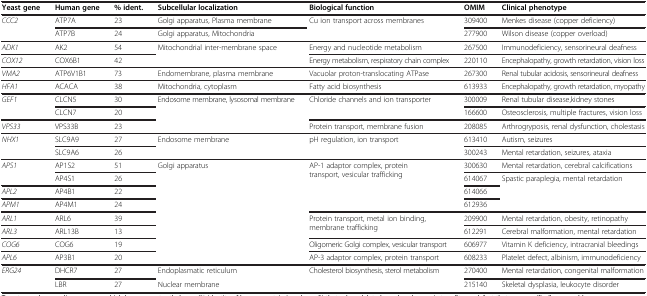
<table><thead><tr><td><b>Yeast gene</b></td><td><b>Human gene</b></td><td><b>% ident.</b></td><td><b>Subcellular localization</b></td><td><b>Biological function</b></td><td><b>OMIM</b></td><td><b>Clinical phenotype</b></td></tr></thead><tbody><tr><td rowspan="2"><i>CCC2</i></td><td>ATP7A</td><td>23</td><td>Golgi apparatus, Plasma membrane</td><td rowspan="2">Cu ion transport across membranes</td><td>309400</td><td>Menkes disease (copper deficiency)</td></tr><tr><td>ATP7B</td><td>24</td><td>Golgi apparatus, Mitochondria</td><td>277900</td><td>Wilson disease (copper overload)</td></tr><tr><td><i>ADK1</i></td><td>AK2</td><td>54</td><td rowspan="2">Mitochondrial inter-membrane space</td><td>Energy and nucleotide metabolism</td><td>267500</td><td>Immunodeficiency, sensorineural deafness</td></tr><tr><td><i>COX12</i></td><td>COX6B1</td><td>42</td><td>Energy metabolism, respiratory chain complex</td><td>220110</td><td>Encephalopathy, growth retardation, vision loss</td></tr><tr><td><i>VMA2</i></td><td>ATP6V1B1</td><td>73</td><td>Endomembrane, plasma membrane</td><td>Vacuolar proton-translocating ATPase</td><td>267300</td><td>Renal tubular acidosis, sensorineural deafness</td></tr><tr><td><i>HFA1</i></td><td>ACACA</td><td>38</td><td>Mitochondria, cytoplasm</td><td>Fatty acid biosynthesis</td><td>613933</td><td>Encephalopathy, growth retardation, myopathy</td></tr><tr><td rowspan="2"><i>GEF1</i></td><td>CLCN5</td><td>30</td><td rowspan="3">Endosome membrane, lysosomal membrane</td><td rowspan="2">Chloride channels and ion transporter</td><td>300009</td><td>Renal tubular disease, kidney stones</td></tr><tr><td>CLCN7</td><td>20</td><td>166600</td><td>Osteosclerosis, multiple fractures, vision loss</td></tr><tr><td><i>VPS33</i></td><td>VPS33B</td><td>23</td><td>Protein transport, membrane fusion</td><td>208085</td><td>Arthrogryposis, renal dysfunction, cholestasis</td></tr><tr><td rowspan="2"><i>NHX1</i></td><td>SLC9A9</td><td>27</td><td rowspan="2">Endosome membrane</td><td rowspan="2">pH regulation, ion transport</td><td>613410</td><td>Autism, seizures</td></tr><tr><td>SLC9A6</td><td>26</td><td>300243</td><td>Mental retardation, seizures, ataxia</td></tr><tr><td rowspan="2"><i>APS1</i></td><td>AP1S2</td><td>51</td><td rowspan="8">Golgi apparatus</td><td rowspan="4">AP-1 adaptor complex, protein transport, vesicular trafficking</td><td>300630</td><td>Mental retardation, cerebral calcifications</td></tr><tr><td>AP4S1</td><td>26</td><td>614067</td><td rowspan="3">Spastic paraplegia, mental retardation</td></tr><tr><td><i>APL2</i></td><td>AP4B1</td><td>22</td><td>614066</td></tr><tr><td><i>APM1</i></td><td>AP4M1</td><td>24</td><td>612936</td></tr><tr><td><i>ARL1</i></td><td>ARL6</td><td>39</td><td rowspan="2">Protein transport, metal ion binding, membrane trafficking</td><td>209900</td><td>Mental retardation, obesity, retinopathy</td></tr><tr><td><i>ARL3</i></td><td>ARL13B</td><td>13</td><td>612291</td><td>Cerebral malformation, mental retardation</td></tr><tr><td><i>COG6</i></td><td>COG6</td><td>19</td><td>Oligomeric Golgi complex, vesicular transport</td><td>606977</td><td>Vitamin K deficiency, intracranial bleedings</td></tr><tr><td><i>APL6</i></td><td>AP3B1</td><td>20</td><td>AP-3 adaptor complex, protein transport</td><td>608233</td><td>Platelet defect, albinism, immunodeficiency</td></tr><tr><td><i>ERG24</i></td><td>DHCR7</td><td>27</td><td>Endoplasmatic reticulum</td><td>Cholesterol biosynthesis, sterol metabolism</td><td>270400</td><td>Mental retardation, congenital malformation</td></tr><tr><td> </td><td>LBR</td><td>27</td><td>Nuclear membrane</td><td> </td><td>215140</td><td>Skeletal dysplasia, leukocyte disorder</td></tr></tbody></table>